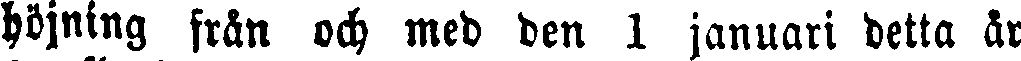
höjning från och med den 1 januari detta år